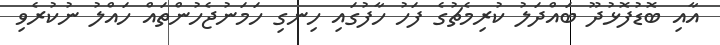
އާއި ބޮޑުފޮޅުދޫ ބައްދަލު ކުރިމެޗުގެ ފަހު ހާފުގައި ހިނގި ހަމަނުޖެހުންތައް ހައްލު ނުކުރެވި